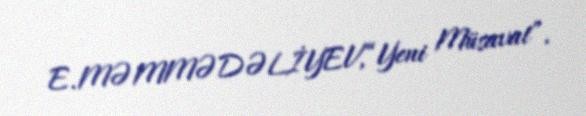
E.MƏMMƏDƏLİYEV,“Yeni Müsavat”.